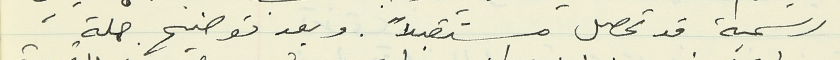
رسمية قد تحصل مستقبلاً. وبعد توضيح جملة